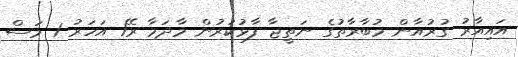
އައިއާރު ގުރުއާން މުބާރާތުގެ ނަތީޖާ ފާޅުކުރުން މާދަމާ ރޭ1 އަހަރު 1 މަސް